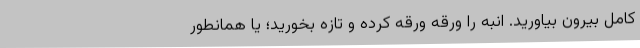
کامل بیرون بیاورید. انبه را ورقه ورقه کرده و تازه بخورید؛ یا همانطور